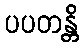
ပပတန္တိ